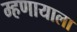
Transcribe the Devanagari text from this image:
म्हणायाला